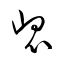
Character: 崑